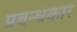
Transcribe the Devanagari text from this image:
प्रबन्धकार